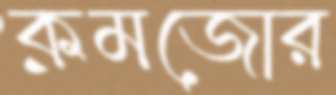
কমজোর